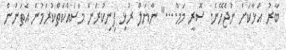
ބާރު އަޅާކަށް ނުޖެހޭނެ. ސޮރީ މަމް...." ނާޔަލް ރުޅި ފިނިކުރަން މަސައްކަތްކުރަމުން އެތަނުން